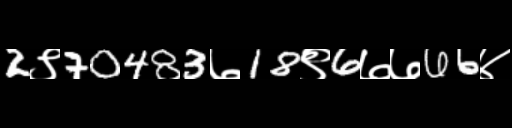
Text: 2९70483७18९6७७66४